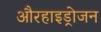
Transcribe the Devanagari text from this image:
औरहाइड्रोजन